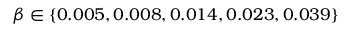
\beta \in \{ 0 . 0 0 5 , 0 . 0 0 8 , 0 . 0 1 4 , 0 . 0 2 3 , 0 . 0 3 9 \}